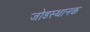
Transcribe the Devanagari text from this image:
जोडस्थानक